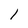
Character: l